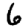
Digit: 6